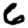
Digit: 6